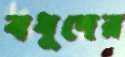
বধূদের